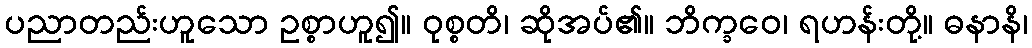
ပညာတည်းဟူသော ဥစ္စာဟူ၍။ ဝုစ္စတိ၊ ဆိုအပ်၏။ ဘိက္ခဝေ၊ ရဟန်းတို့။ ဓနာနိ၊